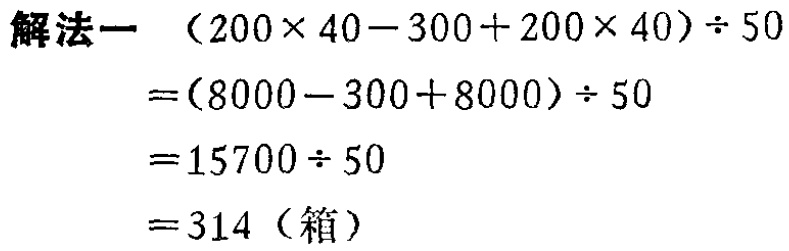
\(
\begin{align*}
&(200\times40 - 300 + 200\times40)\div50\\
=&(8000 - 300 + 8000)\div50\\
=&15700\div50\\
=&314（箱）
\end{align*}
\)